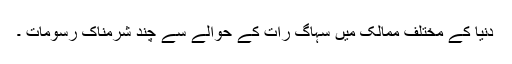
دنیا کے مختلف ممالک میں سہاگ رات کے حوالے سے چند شرمناک رسومات ۔